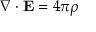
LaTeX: \nabla \cdot \mathbf { E } = 4 \pi \rho